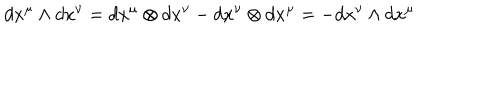
d x ^ { \mu } \wedge d x ^ { \nu } = d x ^ { \mu } \otimes d x ^ { \nu } - d x ^ { \nu } \otimes d x ^ { \mu } = - d x ^ { \nu } \wedge d x ^ { \mu }